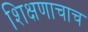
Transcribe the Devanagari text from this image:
शिक्षणाचाच